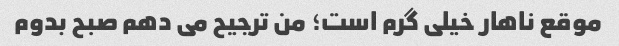
موقع ناهار خیلی گرم است؛ من ترجیح می دهم صبح بدوم